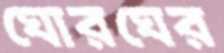
ঘোরঘের